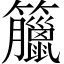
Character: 𥸆